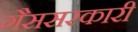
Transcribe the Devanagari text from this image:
गैससरकारी